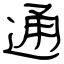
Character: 通